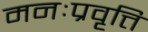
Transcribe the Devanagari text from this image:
मनःप्रवृत्ति